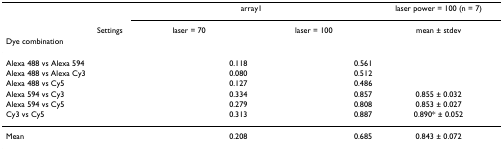
<table><thead><tr><td></td><td colspan="2"><b>array1</b></td><td><b>laser power = 100 (n = 7)</b></td></tr><tr><td><b>Settings</b></td><td><b>laser = 70</b></td><td><b>laser = 100</b></td><td><b>mean ± stdev</b></td></tr><tr><td><b>Dye combination</b></td><td></td><td></td><td></td></tr></thead><tbody><tr><td>Alexa 488 vs Alexa 594</td><td>0.118</td><td>0.561</td><td></td></tr><tr><td>Alexa 488 vs Alexa Cy3</td><td>0.080</td><td>0.512</td><td></td></tr><tr><td>Alexa 488 vs Cy5</td><td>0.127</td><td>0.486</td><td></td></tr><tr><td>Alexa 594 vs Cy3</td><td>0.334</td><td>0.857</td><td>0.855 ± 0.032</td></tr><tr><td>Alexa 594 vs Cy5</td><td>0.279</td><td>0.808</td><td>0.853 ± 0.027</td></tr><tr><td>Cy3 vs Cy5</td><td>0.313</td><td>0.887</td><td>0.890* ± 0.052</td></tr><tr><td>Mean</td><td>0.208</td><td>0.685</td><td>0.843 ± 0.072</td></tr></tbody></table>